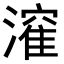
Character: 𭲶